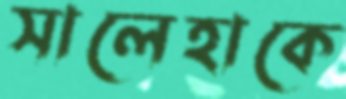
সালেহাকে